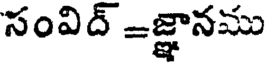
సంవిద్ =జ్ఞానము